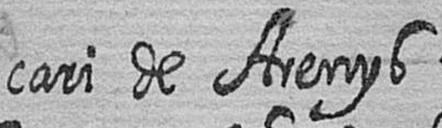
cari de Arenys